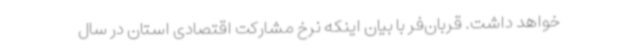
خواهد داشت. قربان‌فر با بیان اینکه نرخ مشارکت اقتصادی استان در سال